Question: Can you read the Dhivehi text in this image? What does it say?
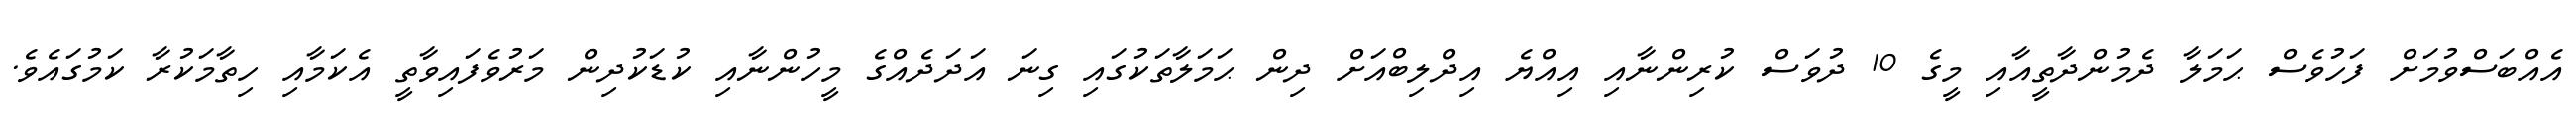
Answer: އެއްބަސްވުމަށް ފަހުވެސް ޙަމަލާ ދެމުންދާތީއާއި މީގެ 10 ދުވަސް ކުރިންނާއި އިއްޔެ އިދްލިބްއަށް ދިން ޙަމަލާތަކުގައި ގިނަ އަދަދެއްގެ މީހުންނާއި ކުޑަކުދިން މަރުވެފައިވާތީ އެކަމާއި ހިތާމަކުރާ ކަމުގައެވެ.